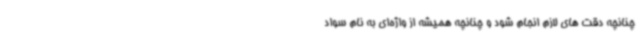
چنانچه دقت های لازم انجام شود و چنانچه همیشه از واژه‌ای به نام سواد